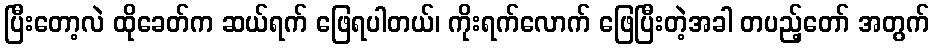
ပြီးတော့လဲ ထိုခေတ်က ဆယ်ရက် ဖြေရပါတယ်၊ ကိုးရက်လောက် ဖြေပြီးတဲ့အခါ တပည့်တော် အတွက်